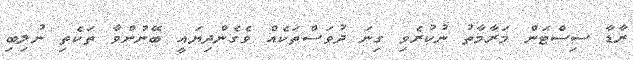
ރާޑާ ސިސްޓަން މަރާމާތު ނުކުރެވި ގިނަ ދުވަސްތަކެއް ވެގެންދިޔައީ ބޭނުންވާ ތަކެތި ނުލިބި